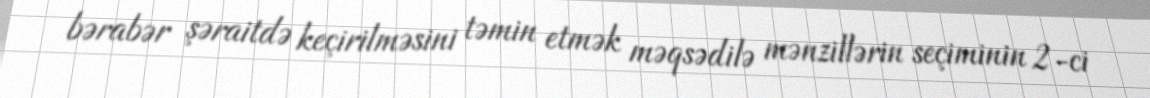
bərabər şəraitdə keçirilməsini təmin etmək məqsədilə mənzillərin seçiminin 2-ci